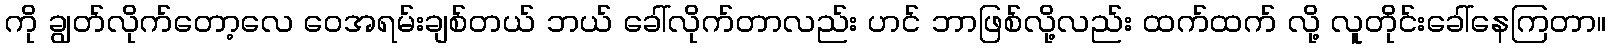
ကို ချွတ်လိုက်တော့လေ ဝေအရမ်းချစ်တယ် ဘယ် ခေါ်လိုက်တာလည်း ဟင် ဘာဖြစ်လို့လည်း ထက်ထက် လို့ လူတိုင်းခေါ်နေကြတာ။